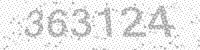
Solution: 363124